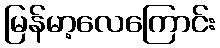
မြန်မာ့လေကြောင်း